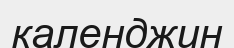
календжин